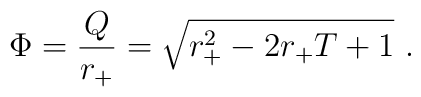
\Phi={Q\over r_+}=\sqrt{r_+^2-2r_+T+1}\ .